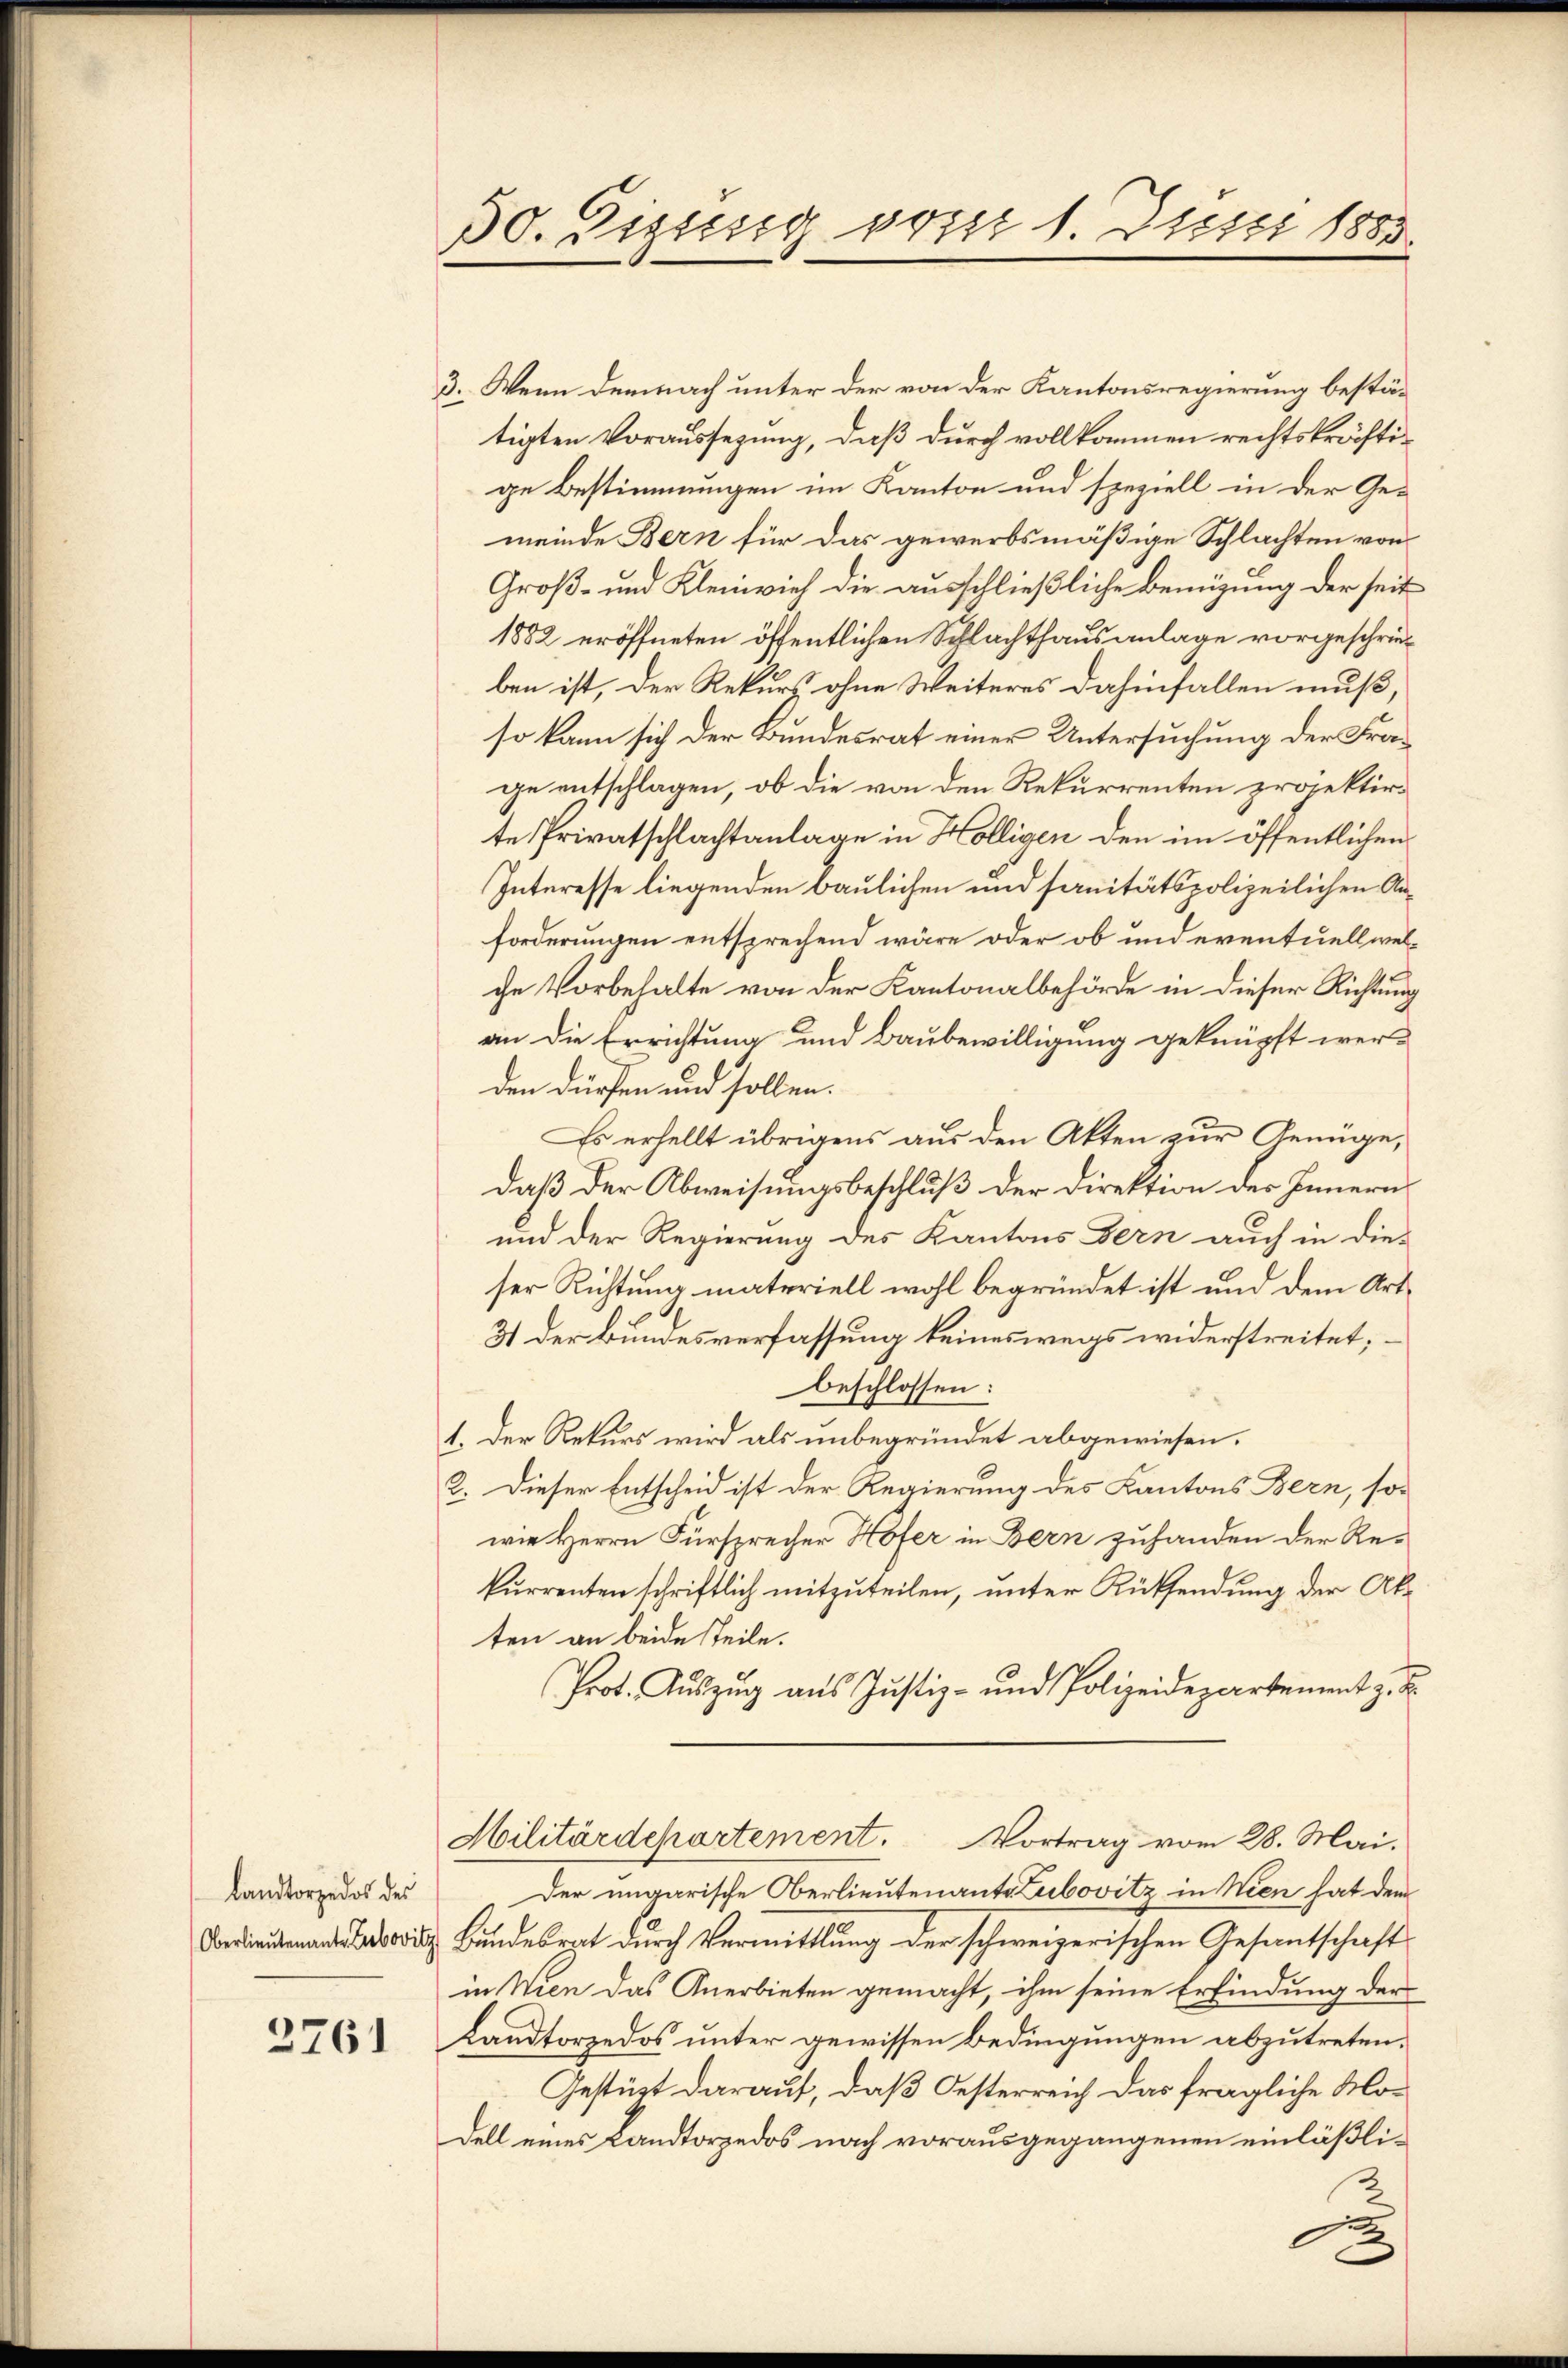
Landtorzedos des

3761

50. Sizung vom 1. Juni 1883.

3. Wenn demnach unter der von der Kantonsregierung bestätigten Voraussezung, daß durch vollkommen rechtskräftige Bestimmungen im Kanton und speziell in der Ge-
meinde Bern für das gewerbsmäßige Schlachten von
Groß- und Kleinvieh die ausschließliche Bemühung der seit
1882 eröffneten öffentlichen Schlachthausanlage vorgeschrieben ist, der Rekurs ohne Weiteres dahinfallen muß,
so kann sich der Bundesrat einer Untersuchung der Frage entschlagen, ob die von den Rekurrenten projektirte Privatschlachtanlage in Hölligen den im öffentlichen
Interesse liegenden baulichen und sanitätspolizeilichen Anforderungen entsprechend wäre oder ob und eventuellwelche Vorbehalte von der Kantonalbehörde in dieser Richtung
ain die Errichtung und Baubewilligung geknüpft wer-
den dürfen und sollen.
Es erhellt übrigens aus den Akten zur Genüge,
daß der Abweisungsbeschluß der Direktion der Innern
und der Regierung des Kantons Bern auch in die-
ser Richtung materiell wohl begründet ist und dem Art.
31 der Bundesverfassung keineswegs widerstreitet,
beschlossen:
1. Der Rekurs wird als unbegründet abgewiesen.
2. Dieser Entscheid ist der Regierung des Kantons Bern, son
wie Herrn Fürsprecher Höfer in Bern zuhanden der Re-
kurrenten schriftlich mitzuteilen, unter Rücksendung der Akten an beide Teile.
Prot. Auszug aus Justiz- und Polizeidepartement z. B.
Militärdepartement. Vortrag vom 28. Mai.
Der ungarische Oberlieutenante Lubovitz in Wien hat dem
 Bundesrat durch Vermittlung der schweizerischen Gesantschaft
in Wien das Anerbieten gemacht, ihm seine Erfindung der
Landtorzedos unter gewissen Bedingungen abzutreten.
Gestüzt darauf, daß Oesterreich das fragliche Modell eines Landtorzedos nach vorausgegangenen einläßli¬
u